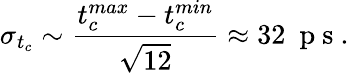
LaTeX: \sigma_{t_{c}}\sim\frac{t_{c}^{max}-t_{c}^{min}}{\sqrt{12}}\approx 32~\mathrm{~p~s~}.